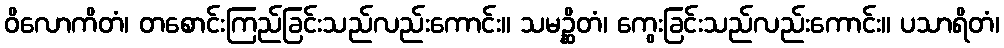
ဝိလောကိတံ၊ တစောင်းကြည်ခြင်းသည်လည်းကောင်း။ သမဉ္ဆိတံ၊ ကွေးခြင်းသည်လည်းကောင်း။ ပသာရိတံ၊